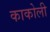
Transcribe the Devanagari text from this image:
काकोली